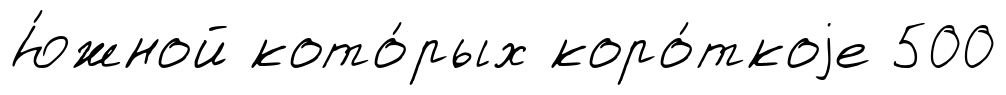
Ю́жной кото́рых коро́ткоjе 500